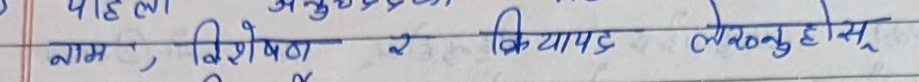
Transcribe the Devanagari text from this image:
नाम, विशेषण र क्रियापद लेख्नुहोस्